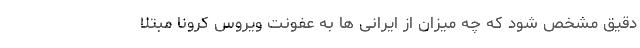
دقیق مشخص شود که چه میزان از ایرانی ها به عفونت ویروس کرونا مبتلا